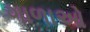
ગાળાઓ